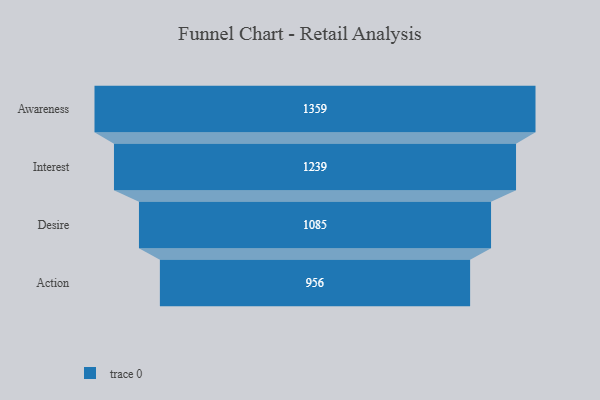
{"axis": {"x": "Stage", "y": "Value"}, "legend": [""], "data": [{"x": "Awareness", "y": 1359.0, "type": ""}, {"x": "Interest", "y": 1239.0, "type": ""}, {"x": "Desire", "y": 1085.0, "type": ""}, {"x": "Action", "y": 956.0, "type": ""}]}